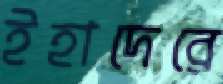
ইহাদেরে